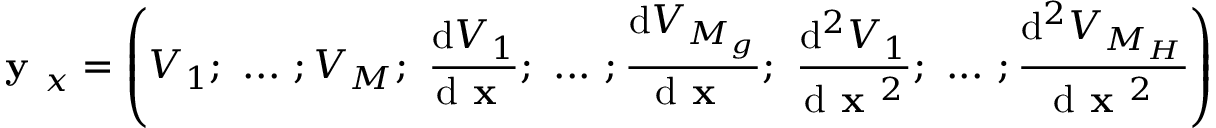
\textbf { y } _ { x } = \left( V _ { 1 } ; ~ . . . ~ ; V _ { M } ; ~ \frac { \mathrm { d } V _ { 1 } } { \mathrm { d } \textbf { x } } ; ~ . . . ~ ; \frac { \mathrm { d } V _ { M _ { g } } } { \mathrm { d } \textbf { x } } ; ~ \frac { \mathrm { d } ^ { 2 } V _ { 1 } } { \mathrm { d } \textbf { x } ^ { 2 } } ; ~ . . . ~ ; \frac { \mathrm { d } ^ { 2 } V _ { M _ { H } } } { \mathrm { d } \textbf { x } ^ { 2 } } \right)